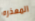
المعذره